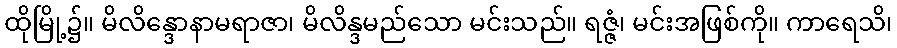
ထိုမြို့၌။ မိလိန္ဒောနာမရာဇာ၊ မိလိန္ဒမည်သော မင်းသည်။ ရဇ္ဇံ၊ မင်းအဖြစ်ကို။ ကာရေသိ၊